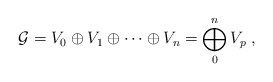
\begin{align*}{\mathcal G}=V_{0} \oplus V_{1} \oplus \cdots \oplus V_{n}=\bigoplus_0^n V_p \; ,\end{align*}